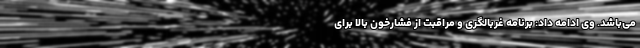
می‌باشد. وی ادامه داد: برنامه غربالگری و مراقبت از فشارخون بالا برای